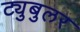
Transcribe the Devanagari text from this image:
ट्युबुलर